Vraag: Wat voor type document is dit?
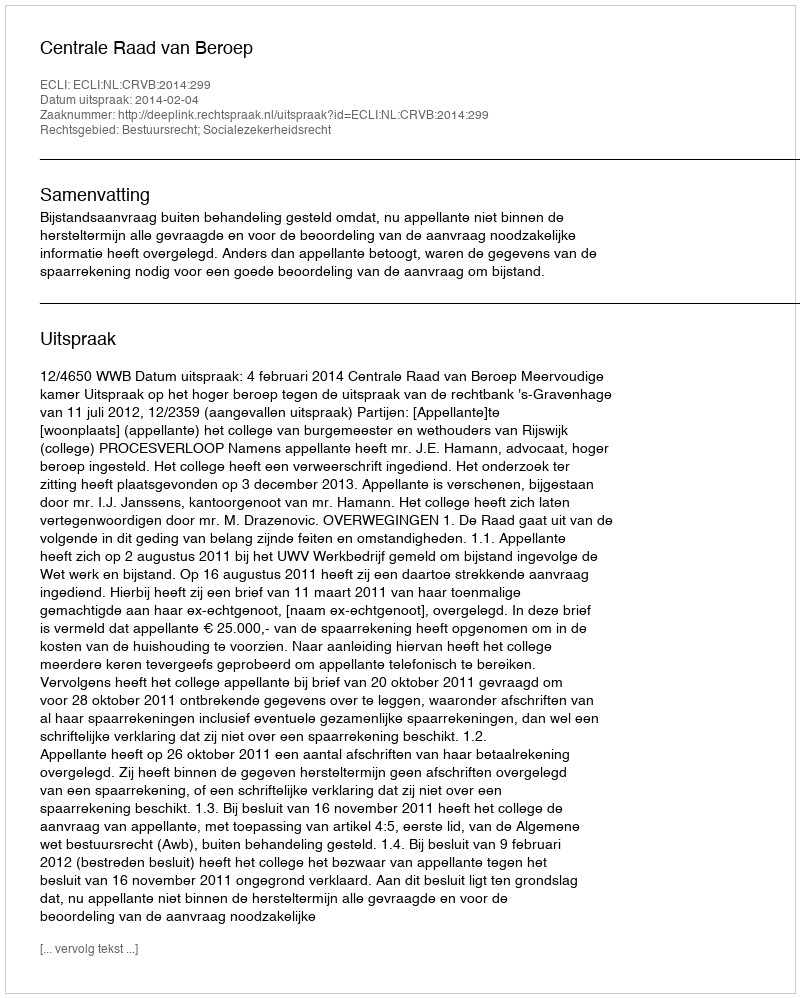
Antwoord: Uitspraak